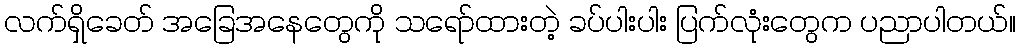
လက်ရှိခေတ် အခြေအနေတွေကို သရော်ထားတဲ့ ခပ်ပါးပါး ပြက်လုံးတွေက ပညာပါတယ်။